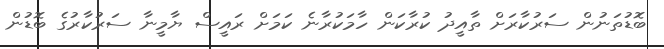
ބޮޑުތަނުން ސަރުކާރަށް ތާއީދު ކުރާކަން ހާމަކުރާނެ ކަމަށް ރައީސް ޔާމީނާ ސަރުކާރުގެ ބޮޑުން